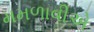
મમળાવીએ